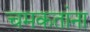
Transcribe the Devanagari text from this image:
चमकतांना